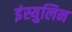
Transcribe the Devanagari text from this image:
इंस्युलिन